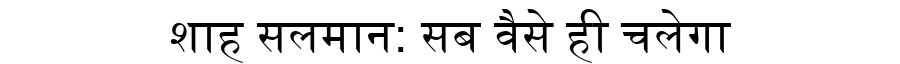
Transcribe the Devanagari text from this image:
शाह सलमान: सब वैसे ही चलेगा